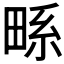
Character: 𭻖